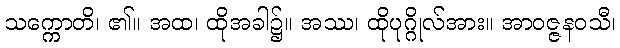
သက္ကောတိ၊ ၏။ အထ၊ ထိုအခါ၌။ အဿ၊ ထိုပုဂ္ဂိုလ်အား။ အာဝဇ္ဇနဝသီ၊